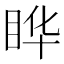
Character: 𬑓